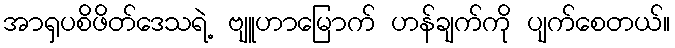
အာရှပစိဖိတ်ဒေသရဲ့ ဗျူဟာမြောက် ဟန်ချက်ကို ပျက်စေတယ်။